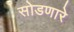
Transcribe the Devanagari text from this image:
सोडणारे